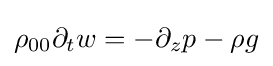
\rho _{00}\partial _{t}w=-\partial _{z}p-\rho g